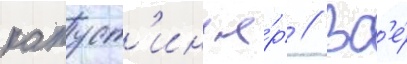
капуст'ин я́р // Вс'е́